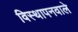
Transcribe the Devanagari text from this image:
विस्थापनवाले